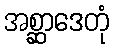
အစ္ဆာဒေတုံ